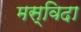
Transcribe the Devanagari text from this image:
मस्विदा